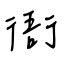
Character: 衙